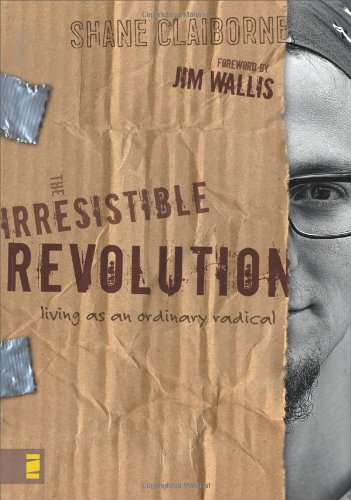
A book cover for The Irresistible Revolution: Living as an Ordinary Radical; Shane Claiborne; Biographies & Memoirs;